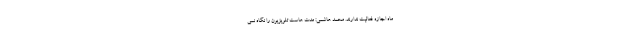
ماه اجازه فعالیت ندارند. محمد هاشمی: مدت‌ هاست تلویزیون را نگاه نمی